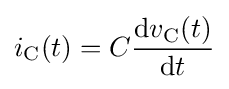
i_{\text{C}}(t)=C{\frac {\mathrm {d} v_{\text{C}}(t)}{\mathrm {d} t}}